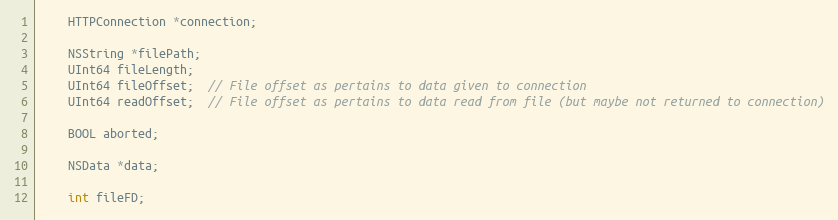
Language: C
    HTTPConnection *connection;

    NSString *filePath;
    UInt64 fileLength;
    UInt64 fileOffset;  // File offset as pertains to data given to connection
    UInt64 readOffset;  // File offset as pertains to data read from file (but maybe not returned to connection)

    BOOL aborted;

    NSData *data;

    int fileFD;